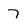
Character: 7